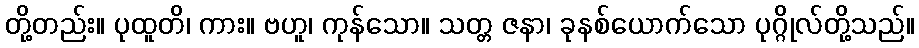
တို့တည်း။ ပုထူတိ၊ ကား။ ဗဟူ၊ ကုန်သော။ သတ္တ ဇနာ၊ ခုနစ်ယောက်သော ပုဂ္ဂိုလ်တို့သည်။